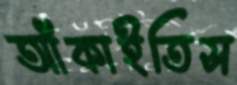
আঁকাইতিস